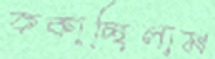
ককাচ্ছিলাম